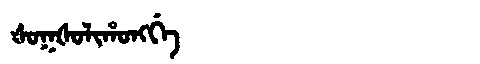
Manchu: ᡧᠣᡴᡧᠣᠯᡳᡥᠣᠩᡤᡝ
Romanization: ŠOKŠOLIHONGGE